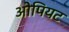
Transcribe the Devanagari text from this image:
ओपियट